Vital statistics of India. Vol. VI, European troops 1870-79
Year: 1870
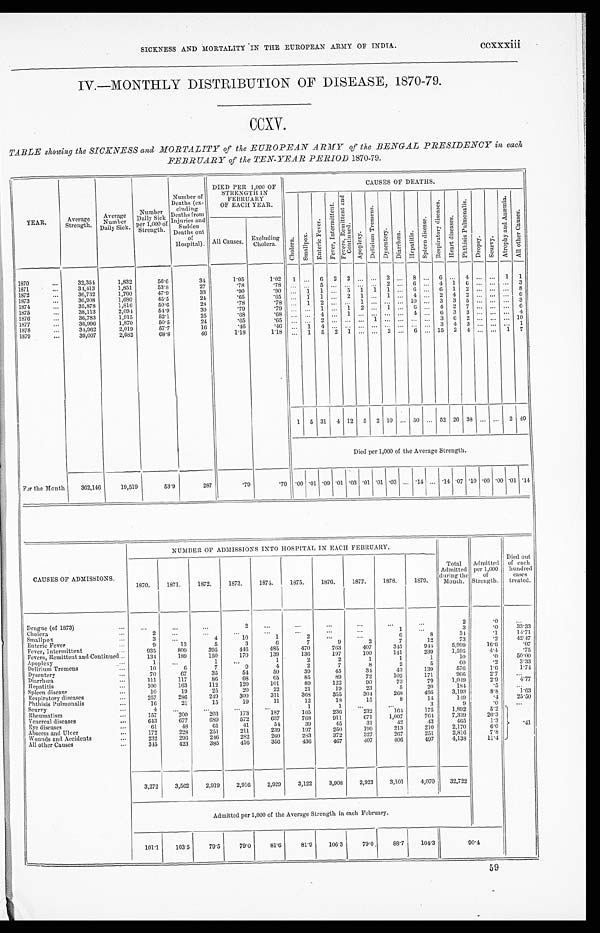
SICKNESS AND MORTALITY ' IN THE EUROPEAN ARMY OF INDIA.
ccxxxiii
IV.—MONTHLY DISTRIBUTION OF DISEASE, 1870-79.
CCXV.
TABLE showing the SICKNESS and MORTALITY of the EUROPEAN ARMY of the BENGAL PRESIDENCY in each
FEBRUARY of the TEN-YEAR PERIOD 1870-79.
YEAR.
Average
Strength.
Average
Number
Daily Sick.
Number D a i l y S i c kp
e r 1 , 0 0 0 o f S t r e n g t h .
Number of
Deaths (ex-
c l u d i n g D e a t h s f r o m
Injuries and
Sudden
Deaths out
o f
Hospital).
DIED PER 1000 of
STRENGTH
I N F E B R U A R Y O F E A C H Y E A R .
CAUSES OF DEATHS.
Cholera.Smallpox.
E n t e r i c F e v e r . F e v e r , I n t e r mi t t e n t .
F e v e r , R e m i t t e n t a n d C o n t i n u e d .
Apoplexy.
D e l i r i u m T r e m e n s .
Dysentry.Diarrhœa.Hepatitis.
S p l e e n d i s e a s e .
R e s p i r a t o r y d i s e a s e s .
Heart diseases.
P h t h i s i s P u l m o n a l i s .
Dropsy.
S c u r v y . A t r o p h y a n d A n æ m i a .
A l l o t h e r C a u s e s .
All Causes.
E x c l u d i n g C h o l e r a .
1870
32,354
1,832
56.6
34
1.05
1.02
1
...
6 2
2 ...
...
3
...
8 ...
6 ...
4
...
...
1
1
1871....
34,413
1,851
53.8
27
.78
.78
. . . . . ...
5 ...
. . ....
. . . 2 ...
6
. . . 4
1
6 ....
. . .
. . . 3
1872
36,732
1,760
47.9
33
.90
.90
... 1
1 ...
5
1
1
1 ...
6 ...
6
1
2 ......
. . . 8
1873
36,908
1,680
45.5
24
.65
.65
. . .
1
1 ...
2
1 ...
1 ...
4 ...
2
4
2 ...
. . .
...
6
1874...
35,878
1,816
50.6
28
.78
. 7 8 ... 1
2 ...
. . .1.
. . . ...
... 10
. . .3
3
5
...
. . .
. . .3
1875
38,113
2,094
54.9
30
. 7 9
.79
...
...
1 ...
1
2 ...
1 ...
6
. . .4
2
7
...
. . .
. . .6
1876...
36,783
1,915
5 2 . 1
25
..68
. 6 8
. . .
... 4
...
...
1 ...
. . . ... ... 4
. . .6
3
3
...
. . .
. . .4
1877
36,996
1,870
50.5
24
.65
.65
... ...
2 ...
. . ....
1 ...
... ...
. . .3
6
2
...
. . .
. . .10
1878
34,962
2,019
57.7
16
.46
.46
... 1
4 ...
. . . ...
. . . ...
...
...
. . .3
4
3
...
. . .
. . . 1
1879
39,007
2,682
68.8
46
1.18
1.18
... 1
5
2
1
... ...
2 ... 6
...
.
..
15
2
4 ...
. . .
1
7
1
5 31
4 12
5
2 10 ... 50 ... 52 26 38 ... ...
2 49
Died per 1,000 of the Average Strength.
For the Month
362,146
19,519
53.9
287
.79
.79
. 0 0
.01 .09 .01 .03 .01 .01 .03 ... .14 ... .14 .07 .10 .00 .00 .01 .14
CAUSES OF ADMISSIONS.
N U M B E R O F A D M I S S I O N S I N T O H O S P I T A L I N E A C H F E B R U A R Y .
Total
Admitted
during the
Month.
Admitted
per 1,000
of
Strength.
Died out
of each
hundred
cases
treated.
1870.
1871.
1872.
1873.
1874.
1875.
1876.
1877.
1878.
1879.
Dengue (of 1873)
. . .
. . .
. . .
...
2
...
...
...
. . .
...
. . .
2
. 0
...
Cholera
. . .
2
...
...
...
. . .
. . .
. . .
. . .
1
. . .
3
. 0
3 3 . 3 3
Smallpox
. . .
3
...
4
10
1
2
...
. . .
6
8
34
.1
14.71
Enteric Fever
. . .
9
13
5
3
6
7
9
2
7
12
73
.2
42.47
Fever, Intermittent
. . .
935
809
395
446
485
470
763
407
345
944
5,999
16.6
.07
Fevers, Remittent and Continued
. . .
134
189
150
170
139
136
197
100
141
239
1,595
4.4
.75
Apoplexy
. . .
1
. . .
1
...
1
2
2
1
1
1
10
.0
50.00
Delirium Tremens
. . .
10
6
7
9
4
2
7
8
2
5
60
.2
3.33
Dysentery
. . .
70
67
35
54
50
39
45
34
43
139
576
1.6
1.74
Diarrhœa
...
1 1 1
117
86
6 8
65
85
89
72
102
171
9 6 6
2.7
. . .
Hepatitis
. . .
100
163
112
120
101
89
122
90
73
79
1,049
2.9
4.77
Spleen disease
. . .
10
19
25
20
22
21
19
23
5
20
184
.5
. . .
Respiratory diseases
. . .
257
286
249
300
311
368
355
304
268
495
3,193
8.8
1.63
Phthisis Pulmonalis
. . .
16
21
15
19
11
12
18
15
8
14
149
.4
25.50
Scurvy
. . .
4
. . .
...
. . .
. . .
1
1
...
...
3
9
.0
...
Rheumatism
157
200
203
173
187
165
236
232
164
175
1,892
5.2
. 4 1
Venereal diseases
...
643
677
689
572
637
768
911
671
1,007
764
7,339
20.3
Eye diseases
61
48
61
41
54
39
45
31
42
43
465
1.3
Abscess and Ulcer
. . .
172
228
251
211
239
197
250
199
213
210
2,170
6.0
Wounds and Accidents
. . .
232
296
246
282
260
283
372
327
267
251
2,816
7.8
All other Causes
...
345
423
385
416
356
436
467
407
406
497
4,138
11.4
3,272
3,562
2,919
2,916
2,929
3,122
3,908
2,923
3,101
4,070
32,722
Admitted per 1,000 of the Average Strength in each February.
101.1
103.5
79.5
79.0
81.6
81.9
106.3
79.0
88.7
104.3
90.4
59